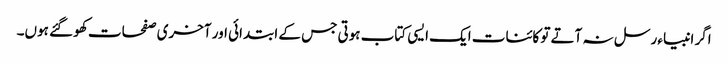
اگر انبیاء رسل نہ آتے تو کائنات ایک ایسی کتاب ہوتی جس کے ابتدائی اور آخری صفحات کھو گئے ہوں۔